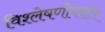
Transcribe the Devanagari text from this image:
विश्लेषणोपरांत